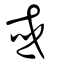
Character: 或